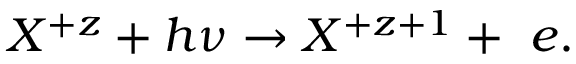
X ^ { + z } + h \nu \rightarrow X ^ { + z + 1 } + ~ e .